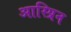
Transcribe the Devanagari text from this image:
आस्प्रिन